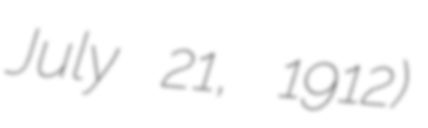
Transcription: July 21, 1912)